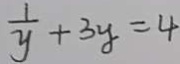
\frac { 1 } { y } + 3 y = 4